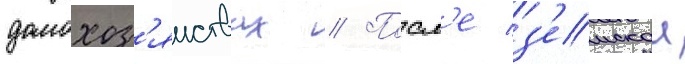
домохоз'яиствах // Посл'е з'емскои